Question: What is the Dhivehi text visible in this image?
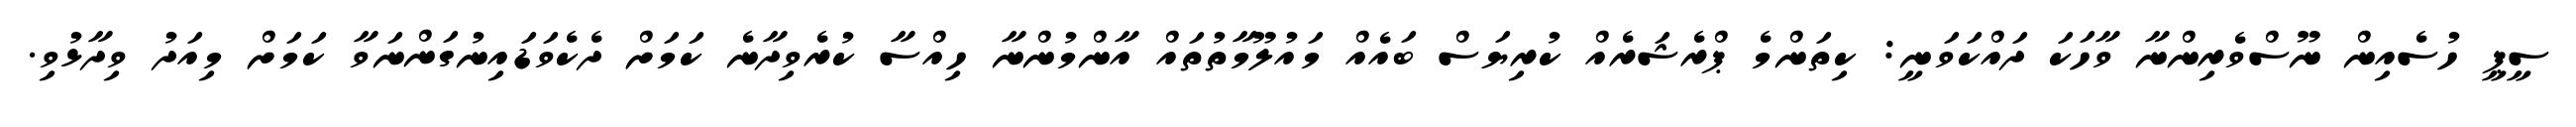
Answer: ސީޕީ ހުސެއިން ނޫސްވެރިންނާ ވާހަކަ ދައްކަވަނީ: ކިތަންމެ ޕްރެޝަރެއް ކުރިޔަސް ބައެއް މައުލޫމާތުތައް އާންމުންނާ ހިއްސާ ކުރެވިދާނެ ކަމަށް ދެކެވަޑައިނުގަންނަވާ ކަމަށް މިއަދު ވިދާޅުވި.